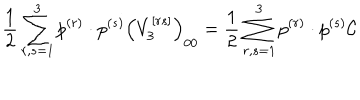
LaTeX: \frac { 1 } { 2 } \sum _ { r , s = 1 } ^ { 3 } p ^ { ( r ) } \cdot p ^ { ( s ) } \left( V _ { 3 } ^ { \left[ r s \right] } \right) _ { 0 0 } = \frac { 1 } { 2 } \sum _ { r , s = 1 } ^ { 3 } p ^ { ( r ) } \cdot p ^ { ( s ) } \mathcal { C }